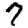
Digit: 7